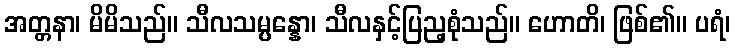
အတ္တနာ၊ မိမိသည်။ သီလသမ္ပန္နော၊ သီလနှင့်ပြည့စုံသည်။ ဟောတိ၊ ဖြစ်၏။ ပရံ၊